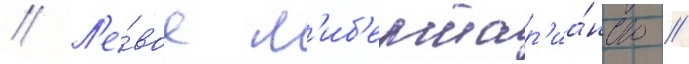
// Л'е́вое л'иб'ертар'иа́нство //